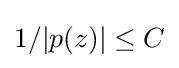
1/|p(z)|\leq C